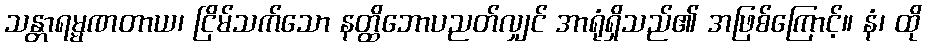
သန္တာရမ္မဏတာယ၊ ငြိမ်သက်သော နတ္ထိဘောပညတ်လျှင် အာရုံရှိသည်၏ အဖြစ်ကြောင့်။ နံ၊ ထို